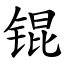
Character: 锟